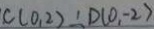
C ( 0 , 2 ) \therefore D ( 0 , - 2 )